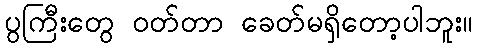
ပွကြီးတွေ ဝတ်တာ ခေတ်မရှိတော့ပါဘူး။